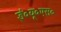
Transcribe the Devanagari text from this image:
ई०यू०एस०